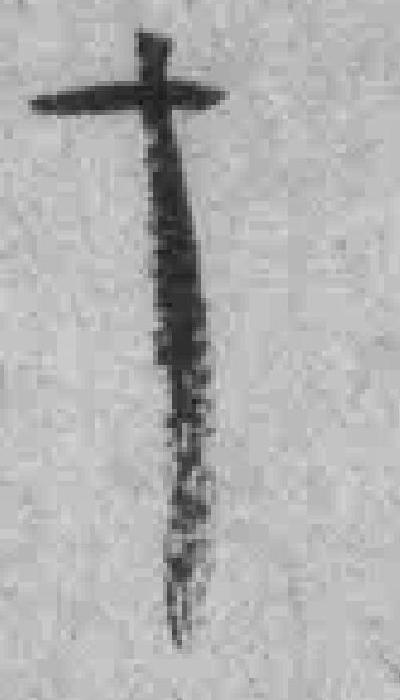
十